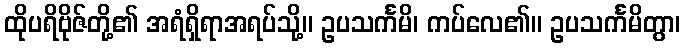
ထိုပရိဗိုဇ်တို့၏ အရံရှိရာအရပ်သို့။ ဥပသင်္ကမိ၊ ကပ်လေ၏။ ဥပသင်္ကမိတွာ၊